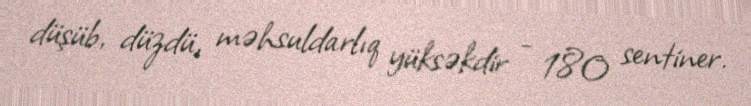
düşüb, düzdü, məhsuldarlıq yüksəkdir - 180 sentiner.